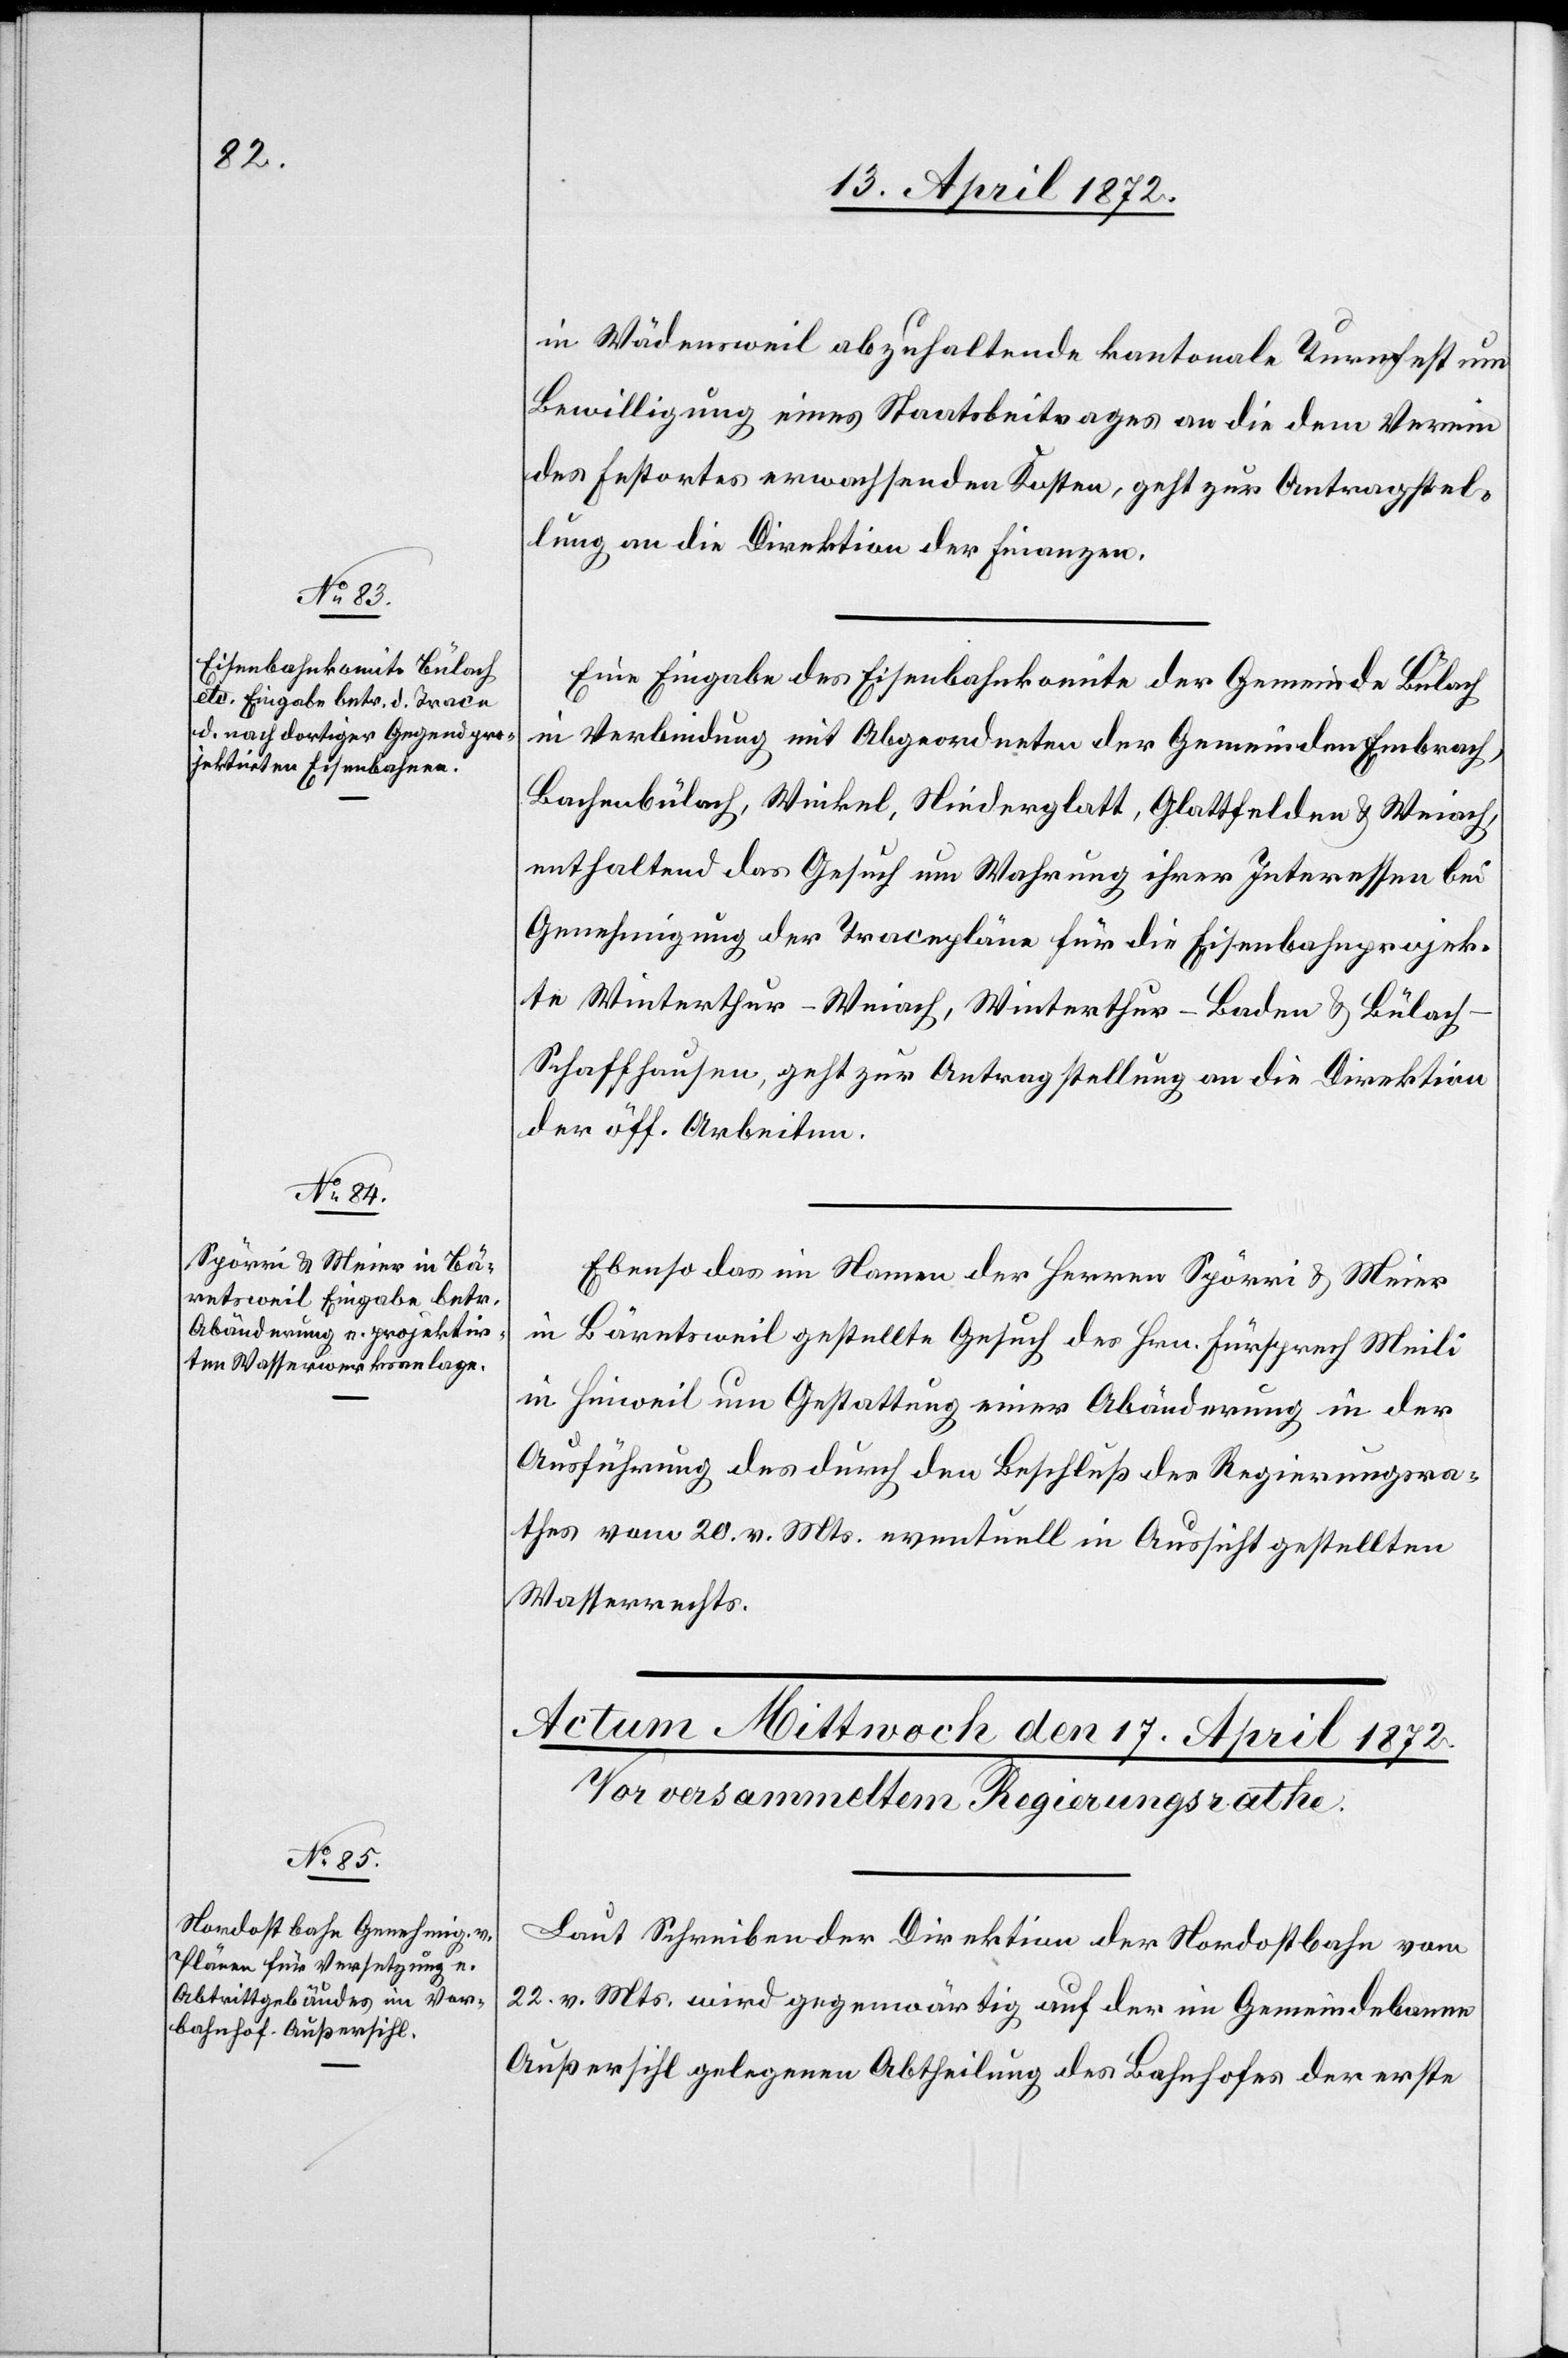
16. April 1872.]
in Wädensweil abzuhaltende kantonale Turnfest um
Bewilligung eines Staatsbeitrages an die dem Verein
des Festortes erwachsenden Kosten, geht zur Antragstel¬
lung an die Direktion der Finanzen.
Eine Eingabe des Eisenbahnkomite der Gemeinde Bülach
in Verbindung mit Abgeordneten der Gemeinden Embrach,
Bachenbülach, Wickel, Niederglatt, Glattfelden u. Weiach,
enthaltend das Gesuch um Wahrung ihrer Interessen bei
Genehmigung der Tracepläne für die Eisenbahnprojek¬
te Winterthur–Weiach, Winterthur–Baden u. Bülac¬
h–Schaffhausen, geht zur Antragstellung an die Direktion
der öff. Arbeiten.
Ebenso das im Namen der Herren Spörri u. Meier
in Bärentsweil gestellte Gesuch des Hrn. Fürsprech Meili
in Hinweil um Gestattung einer Abänderung in der
Ausführung des durch den Beschluß des Regierungsra¬
thes vom 20. v. Mts. eventuell in Aussicht gestellten
Wasserrechts.
Laut Schreiben der Direktion der Nordostbahn vom
22. v. Mts. wird gegenwärtig auf der im Gemeindebanne
Außersihl gelegenen Abtheilung des Bahnhofes der erste